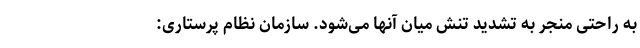
به راحتی منجر به تشدید تنش میان آنها می‌شود. سازمان نظام پرستاری: